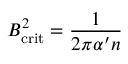
B _ { \mathrm { c r i t } } ^ { 2 } = \frac { 1 } { 2 \pi \alpha ^ { \prime } n }